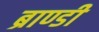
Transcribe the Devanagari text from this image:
ब्राण्डी